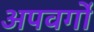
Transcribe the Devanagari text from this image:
अपवर्गो